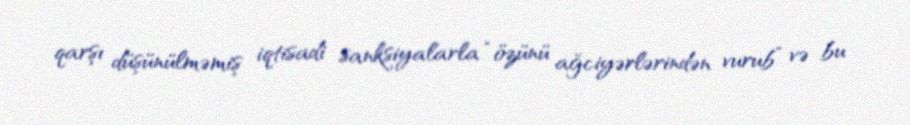
qarşı düşünülməmiş iqtisadi sanksiyalarla “özünü ağciyərlərindən vurub” və bu